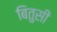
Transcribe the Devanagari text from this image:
बितुसी